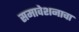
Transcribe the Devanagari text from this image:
समावेशनाचा